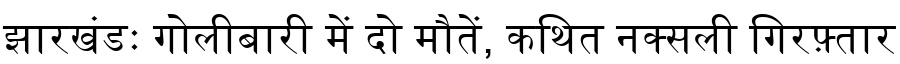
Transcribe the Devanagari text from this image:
झारखंडः गोलीबारी में दो मौतें, कथित नक्सली गिरफ़्तार